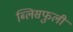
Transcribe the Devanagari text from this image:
ब्लिसफुली